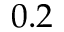
0 . 2